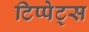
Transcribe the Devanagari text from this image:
टिप्‍पेट्स